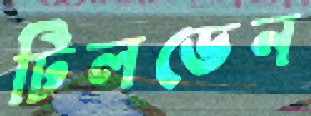
টিলডেন